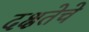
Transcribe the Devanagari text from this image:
दक्षतेचे